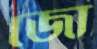
জো